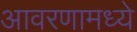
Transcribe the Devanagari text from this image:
आवरणामध्ये